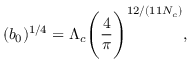
( b _ { 0 } ) ^ { 1 / 4 } = \Lambda _ { c } \Bigg ( \frac { 4 } { \pi } \Bigg ) ^ { 1 2 / ( 1 1 N _ { c } ) } ,